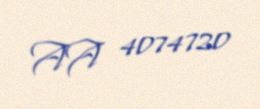
AA 4074720